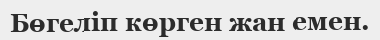
Бөгеліп көрген жан емен.